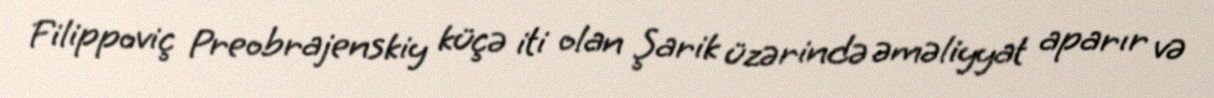
Filippoviç Preobrajenskiy küçə iti olan Şarik üzərində əməliyyat aparır və